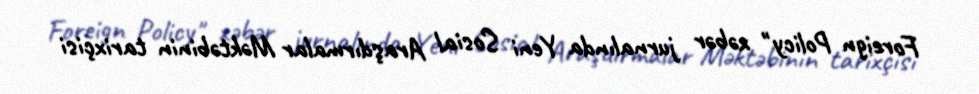
Foreign Policy" xəbər jurnalında Yeni Sosial Araşdırmalar Məktəbinin tarixçisi